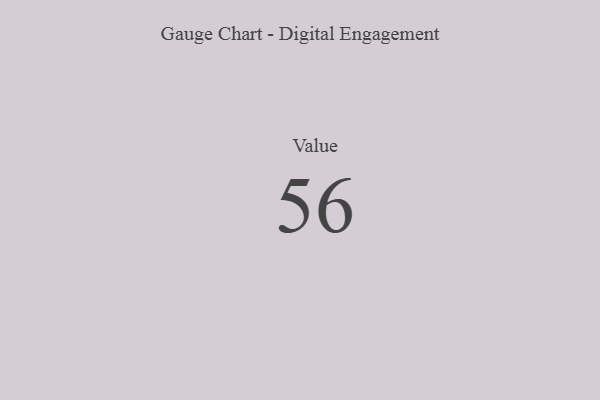
{"axis": {"x": "Metric", "y": "Value"}, "legend": [""], "data": [{"x": "Value", "y": 56, "type": ""}]}